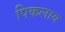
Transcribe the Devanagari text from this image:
पिकलाय